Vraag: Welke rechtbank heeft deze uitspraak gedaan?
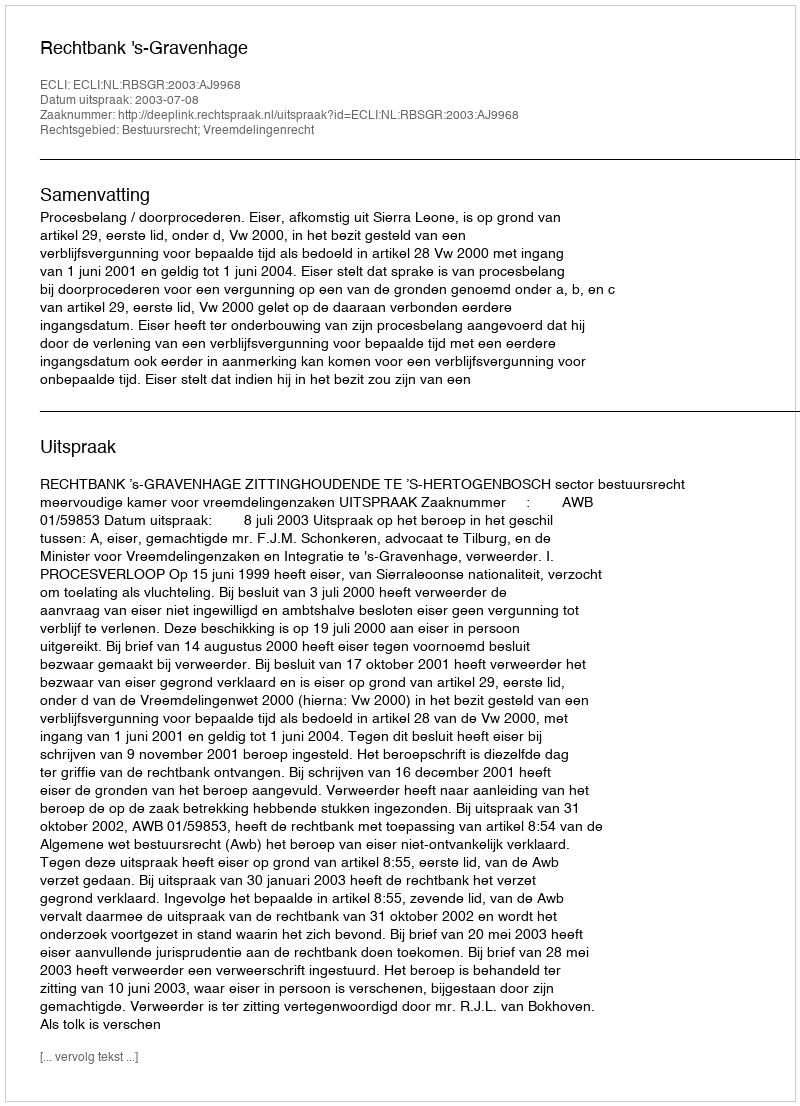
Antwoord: Rechtbank 's-Gravenhage